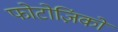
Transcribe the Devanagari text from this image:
फोटोज़िंको